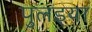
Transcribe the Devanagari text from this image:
पुलइया